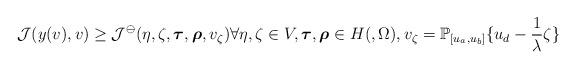
LaTeX: \begin{align*}\begin{aligned} \mathcal{J}(y(v),v) \geq \mathcal{J}^\ominus(\eta,{\zeta},\boldsymbol{\tau},\boldsymbol{\rho},v_{\zeta}) \forall \eta, {\zeta} \in V, \boldsymbol{\tau},\boldsymbol{\rho} \in H(,\Omega), v_{\zeta} = \mathbb{P}_{[u_a,u_b]} \{u_d - \frac{1}{\lambda} {\zeta} \}\end{aligned}\end{align*}